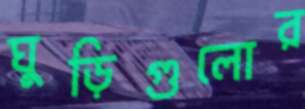
ঘুড়িগুলোর